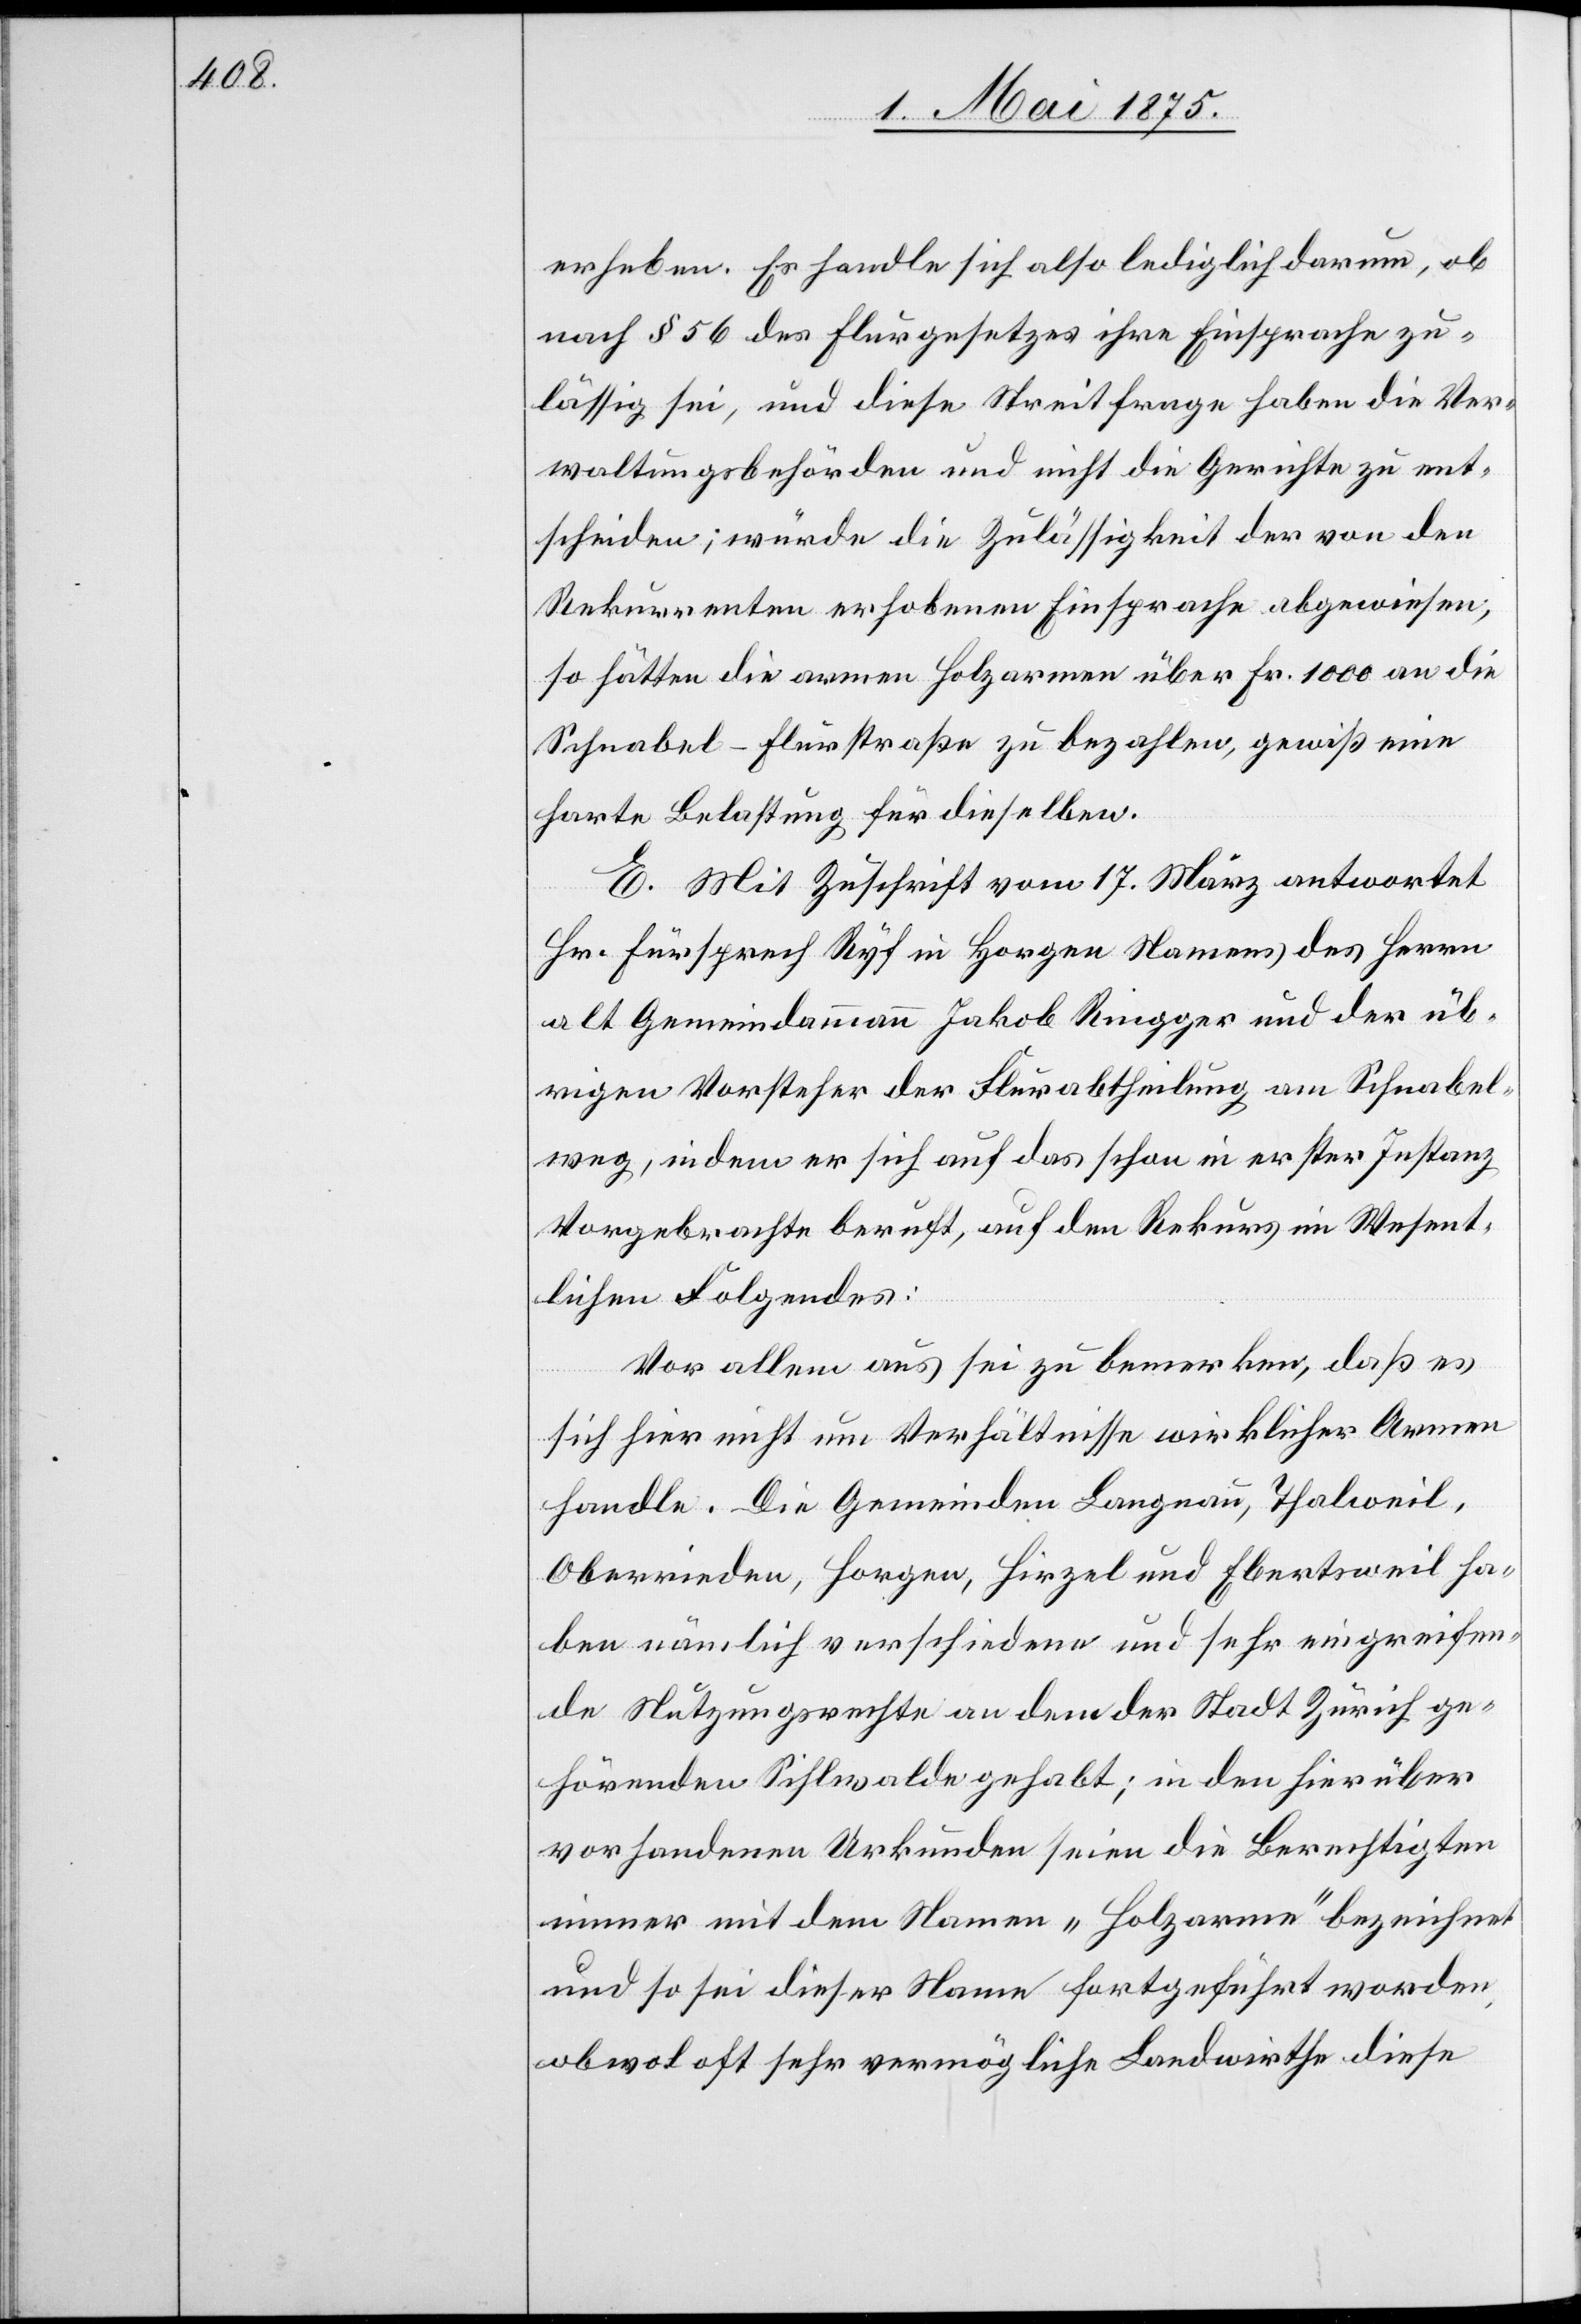
erheben. Es handle sich also lediglich darum, ob
nach § 56 des Flurgesetzes ihre Einsprache zu¬
lässig sei, und diese Streitfrage haben die Ver¬
waltungsbehörden und nicht die Gerichte zu ent¬
scheiden; würde die Zulässigkeit der von den
Rekurrenten erhobenen Einsprache abgewiesen,
so hätten die armen Holzarmen über Fr. 1000 an die
Schnabel-Flurstraße zu bezahlen, gewiß eine
harte Belastung für dieselben.
E. Mit Zuschrift vom 17. März antwortet
Hr. Fürsprech Ryf in Horgen Namens des Herrn
alt Gemeindammann Jakob Ringger und der üb¬
rigen Vorsteher der Flurabtheilung am Schnabel¬
weg, indem er sich auf das schon in erster Instanz
Vorgebrachte beruft, auf den Rekurs im Wesent¬
lichen Folgendes:
Vor allem aus sei zu bemerken, daß es
sich hier nicht um Verhältnisse wirklicher Armen
handle. Die Gemeinden Langnau, Thalweil,
Oberrieden, Horgen, Hirzel und Ebertschweil ha¬
ben nämlich verschiedene und sehr eingreifen¬
de Nutzungsrechte an dem der Stadt Zürich ge¬
hörenden Sihlwalde gehabt; in den hierüber
vorhandenen Urkunden seien die Berechtigten
immer mit dem Namen „Holzarme“ bezeichnet
und so sei dieser Name fortgeführt worden,
obwol oft sehr vermögliche Landwirthe diese